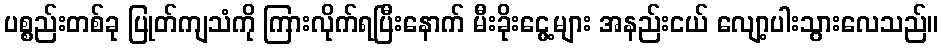
ပစ္စည်းတစ်ခု ပြုတ်ကျသံကို ကြားလိုက်ရပြီးနောက် မီးခိုးငွေ့များ အနည်းငယ် လျော့ပါးသွားလေသည်။